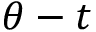
\theta - t